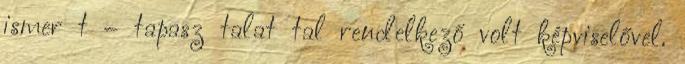
ismer t – tapasz talat tal rendelkező volt képviselővel.